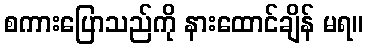
စကားပြောသည်ကို နားထောင်ချိန် မရ။